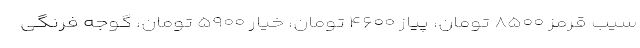
سیب قرمز ۸۵۰۰ تومان، پیاز ۴۶۰۰ تومان، خیار ۵۹۰۰ تومان، گوجه فرنگی